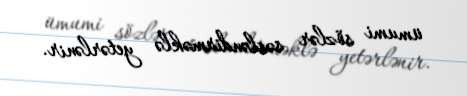
ümumi sözlər səsləndirməklə yetərlənir.